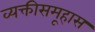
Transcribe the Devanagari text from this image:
व्यक्तीसमूहास